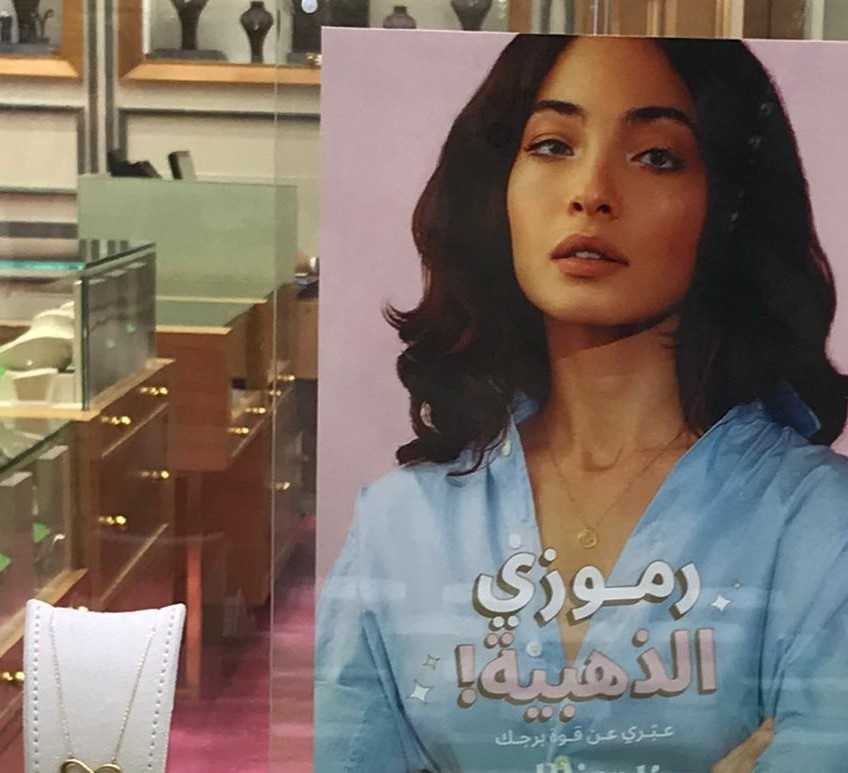
Text in image: رموزي الذهبية! عبري عن قوة برجك